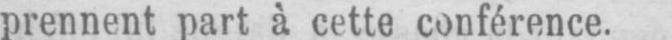
prennent part à cette conférence.